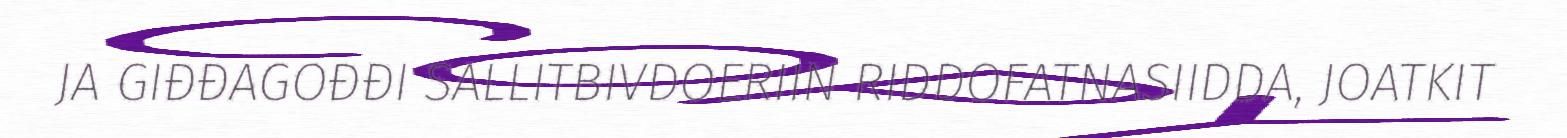
JA GIĐĐAGOĐĐI SALLITBIVDOERIIN RIDDOFATNASIIDDA, JOATKIT